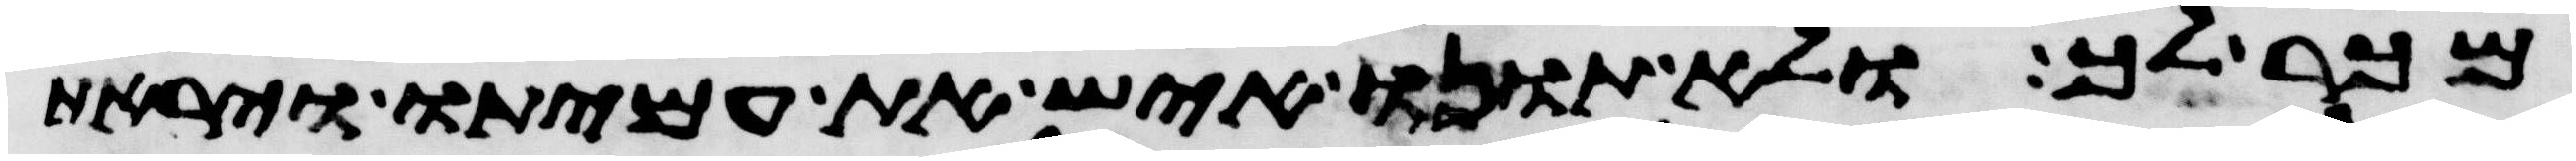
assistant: מכר לך ולא תונו איש את עמיתו ויראת